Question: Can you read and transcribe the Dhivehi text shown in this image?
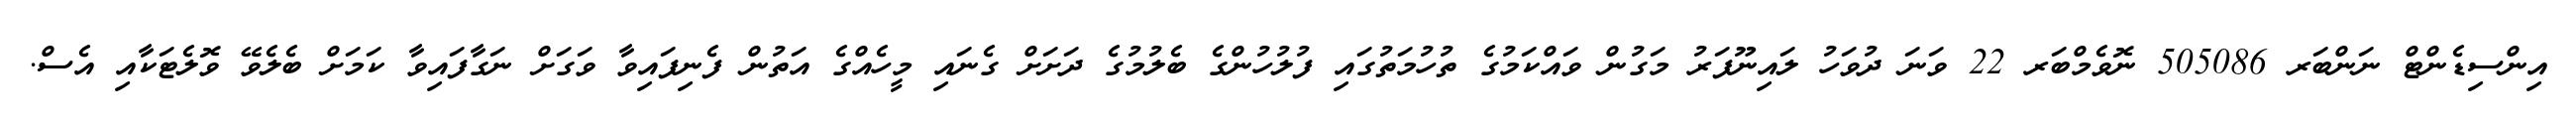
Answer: އިންސިޑެންޓް ނަންބަރ 505086 ނޮވެމްބަރ 22 ވަނަ ދުވަހު ލައިނޫފަރު މަގުން ވައްކަމުގެ ތުހުމަތުގައި ފުލުހުންގެ ބެލުމުގެ ދަށަށް ގެނައި މީހެއްގެ އަތުން ފެނިފައިވާ ވަގަށް ނަގާފައިވާ ކަމަށް ބެލެވޭ ވޮލެޓަކާއި އެސް.